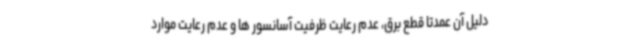
دلیل آن عمدتا قطع برق، عدم رعایت ظرفیت آسانسور ها و عدم رعایت موارد